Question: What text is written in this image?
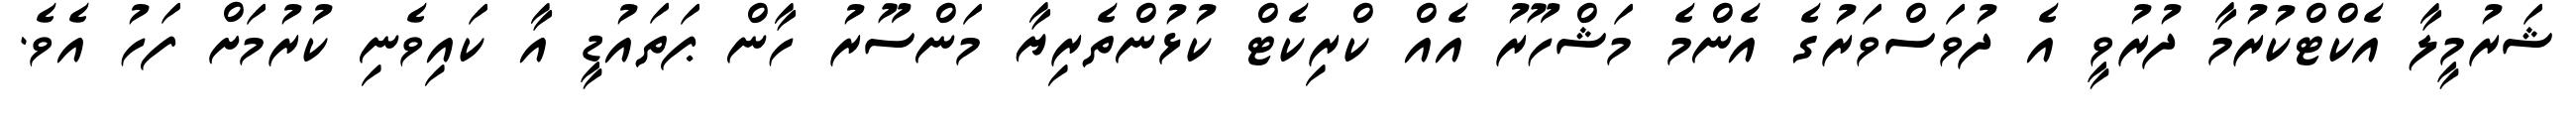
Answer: ޝަރުމީލާ އެކްޓްކުރުމާ ދުރުވީ އެ ދުވަސްވަރުގެ އެންމެ މަޝްހޫރު އެއް ކްރިކެޓް ކުޅުންތެރިޔާ މަންސޫރު ހާން ޕަތައުޑީ އާ ކައިވެނި ކުރުމަށް ފަހު އެވެ.